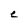
Character: e